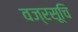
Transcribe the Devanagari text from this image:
वज्रसूचि